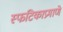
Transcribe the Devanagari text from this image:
स्फटिकाप्रमाणे